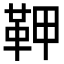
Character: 𩉾